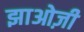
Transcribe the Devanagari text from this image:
झाओज़ी